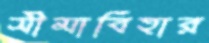
সীমাবিহার